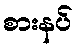
စားနပ်